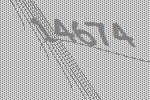
14674